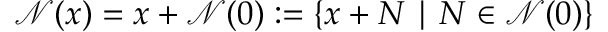
{ \mathcal { N } } ( x ) = x + { \mathcal { N } } ( 0 ) : = \{ x + N \mid N \in { \mathcal { N } } ( 0 ) \}